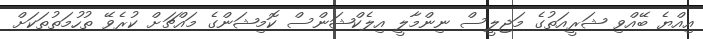
އިއްޔެ ބޭއްވި ޝަރީއަތުގެ މަޖިލީސް ނިންމާލީ އިލެކްޝަންސް ކޮމިޝަންގެ މައްޗަށް ކުރެވޭ ތުހުމަތުތަކަށް